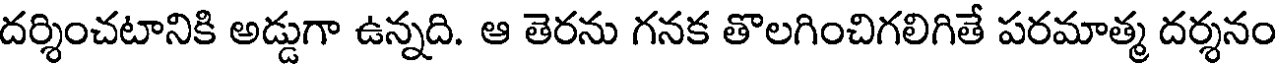
దర్శించటానికి అడ్డుగా ఉన్నది. ఆ తెరను గనక తొలగించిగలిగితే పరమాత్మ దర్శనం